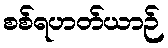
စစ်ရဟတ်ယာဉ်